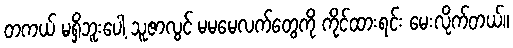
တကယ် မရှိဘူးပေါ့ သူဇာလွင် မမမေလက်တွေကို ကိုင်ထားရင်း မေးလိုက်တယ်။